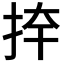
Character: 𭠦